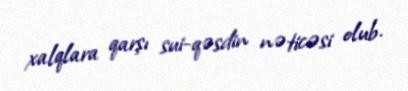
xalqlara qarşı sui-qəsdin nəticəsi olub.